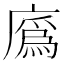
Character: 𢊯